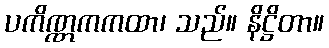
ပကိဏ္ဏကကထာ၊ သည်။ နိဋ္ဌိတာ။